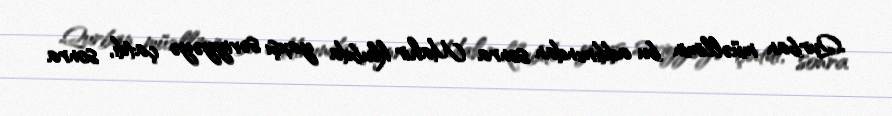
Qurban müəllimin bu addımından sonra Mahir klubda yaxşı səviyyəyə çatdı, sonra